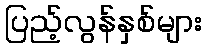
ပြည့်လွန်နှစ်များ